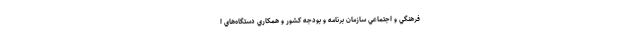
فرهنگي و اجتماعي سازمان برنامه و بودجه كشور و همكاري دستگاه‌هاي ا